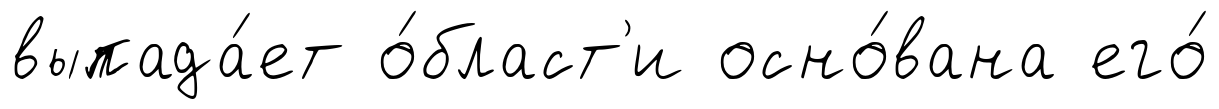
выпада́ет о́бласт'и осно́вана его́